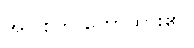
အပြစ်ကို ဟောထား၏။